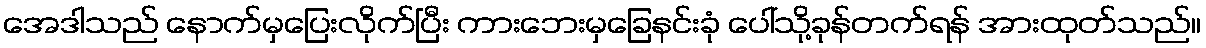
အေဒါသည် နောက်မှပြေးလိုက်ပြီး ကားဘေးမှခြေနင်းခုံ ပေါ်သို့ခုန်တက်ရန် အားထုတ်သည်။